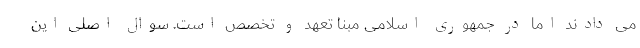
می دادند اما در جمهوری اسلامی مبنا تعهد و تخصص است. سوال اصلی این